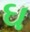
ઘ